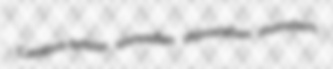
Cambro-briton unreadier rhinocelian monsters